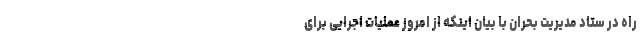
راه در ستاد مدیریت بحران با بیان اینکه از امروز عملیات اجرایی برای